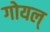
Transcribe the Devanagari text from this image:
गोयल्